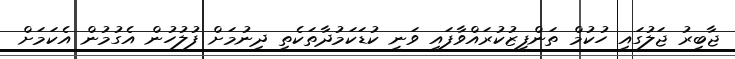
ޖާބިރު ޖަލުގައި ހުކުމް ތަންފީޒުކުރައްވާފައި ވަނީ ކުޑަކަމުދާތަކެތި ދިނުމަށް ފުލުހުން އެގުމުން އެކަމަށް